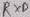
Text: RXD